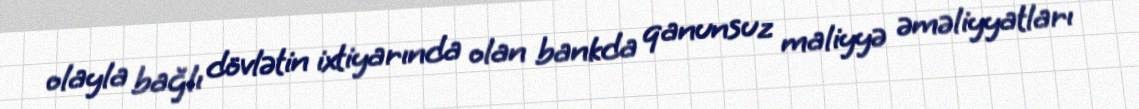
olayla bağlı dövlətin ixtiyarında olan bankda qanunsuz maliyyə əməliyyatları